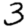
Digit: 3